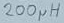
Text: 220 H